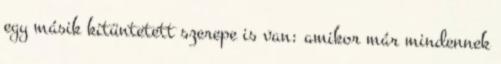
egy másik kitüntetett szerepe is van: amikor már mindennek